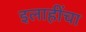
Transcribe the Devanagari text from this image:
इलाहींचा